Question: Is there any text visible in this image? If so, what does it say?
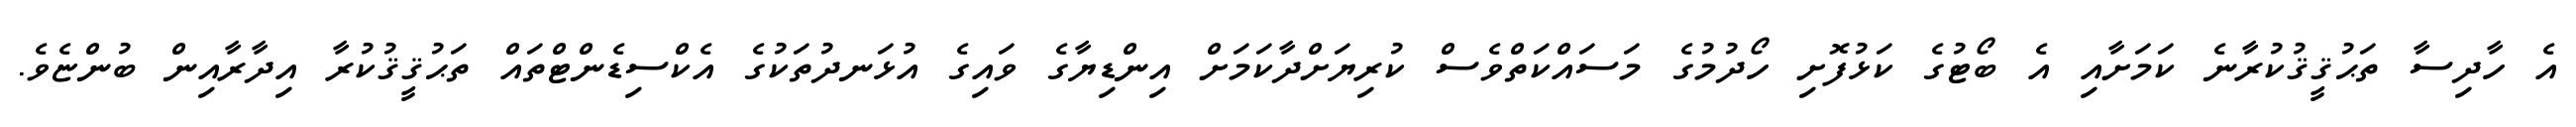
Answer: އެ ހާދިސާ ތަޙުޤީޤުކުރާނެ ކަމަށާއި އެ ބޯޓުގެ ކަޅުފޮށި ހޯދުމުގެ މަސައްކަތްވެސް ކުރިޔަށްދާކަމަށް އިންޑިޔާގެ ވައިގެ އުޅަނދުތަކުގެ އެކްސިޑެންޓްތައް ތަޙުޤީޤުކުރާ އިދާރާއިން ބުންޏެވެ.